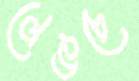
লেঙচে